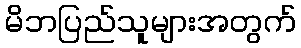
မိဘပြည်သူများအတွက်